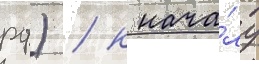
рф) / к нача́лу